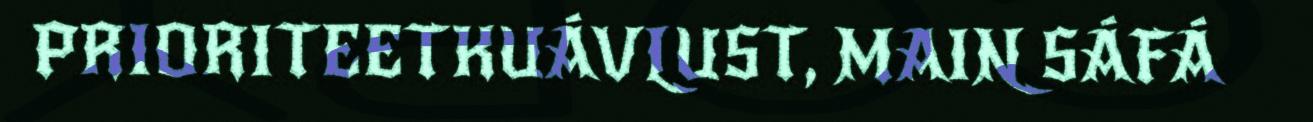
PRIORITEETKUÁVLUST, MAIN SÁFÁ